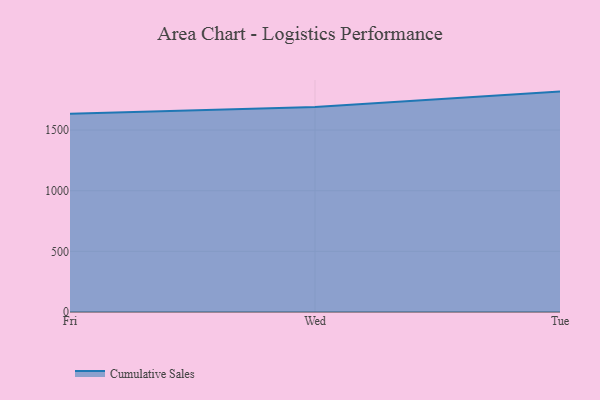
{"axis": {"x": "Day", "y": "Operating Costs (USD K)"}, "legend": ["Cumulative Sales"], "data": [{"x": "Fri", "y": 1635.1, "type": "Cumulative Sales"}, {"x": "Wed", "y": 1689.6, "type": "Cumulative Sales"}, {"x": "Tue", "y": 1817.0, "type": "Cumulative Sales"}]}